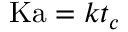
\mathrm { K a } = k t _ { c }